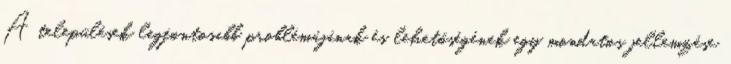
A települések legfontosabb problémájának és lehetőségének egy mondatos jellemzése